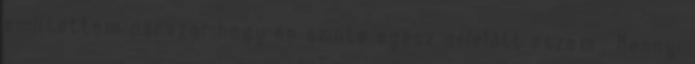
említettem párszor,hogy én szinte egész délelőtt eszem . Mennyi